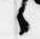
々